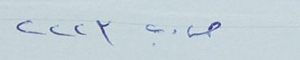
ص. ب. ٢٢٢٣